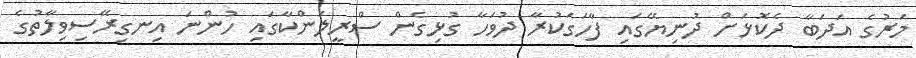
މަރުގެ އަދަބާ ދެކޮޅަށް ދުނިޔޭގައި ފާހަގަކުރާ ދުވަހާ ގުޅިގެން ސްރީލަންކާގައި ހުންނަ އިނގިރޭސިވިލާތުގެ